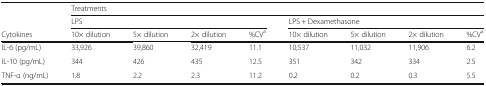
|  | <COLSPAN=8> Treatments |
 |  | <COLSPAN=4> LPS | <COLSPAN=4> LPS + Dexamethasone |
 | Cytokines | 10× dilution | 5× dilution | 2× dilution | %CVa | 10× dilution | 5× dilution | 2× dilution | %CVa |
 | --- | --- | --- | --- | --- | --- | --- | --- | --- |
 | IL-6 (pg/mL) | 33,926 | 39,860 | 32,419 | 11.1 | 10,537 | 11,032 | 11,906 | 6.2 |
 | IL-10 (pg/mL) | 344 | 426 | 435 | 12.5 | 351 | 342 | 334 | 2.5 |
 | TNF-α (ng/mL) | 1.8 | 2.2 | 2.3 | 11.2 | 0.2 | 0.2 | 0.3 | 5.5 |